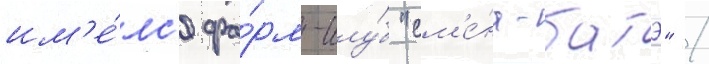
им'е́лс'я фа́рм-клу́б "см'е́на-батэ" /